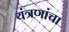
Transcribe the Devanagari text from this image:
यंत्रणांचा